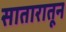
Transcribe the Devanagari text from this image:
सातारातून